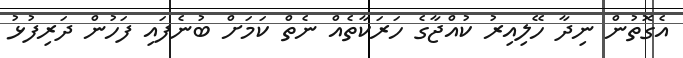
އެގޮތުން ނިދާ ހޭލިއިރު ކުއްޖާގެ ހަރަކާތެއް ނެތް ކަމަށް ބުނެފައި ފަހުން ދަރިފުޅު